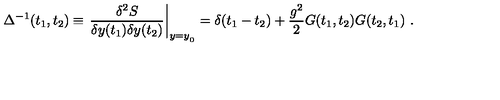
\Delta ^ { - 1 } ( t _ { 1 } , t _ { 2 } ) \equiv \left. { \frac { \delta ^ { 2 } S } { \delta y ( t _ { 1 } ) \delta y ( t _ { 2 } ) } } \right| _ { y = { y } _ { { } _ { 0 } } } = \delta ( t _ { 1 } - t _ { 2 } ) + { \frac { g ^ { 2 } } { 2 } } G ( t _ { 1 } , t _ { 2 } ) G ( t _ { 2 } , t _ { 1 } ) \ .